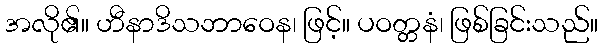
အလို၏။ ဟီနာဒိသဘာဝေန၊ ဖြင့်။ ပဝတ္တနံ၊ ဖြစ်ခြင်းသည်။